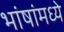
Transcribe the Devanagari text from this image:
भांषांमध्ये